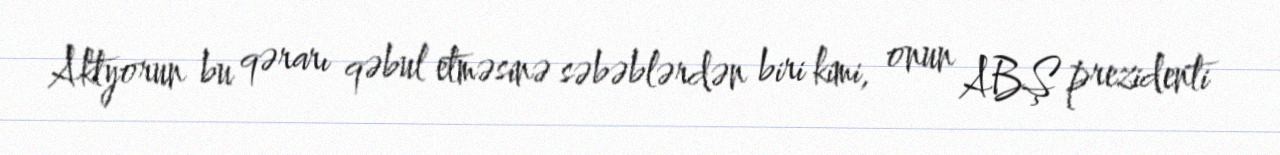
Aktyorun bu qərarı qəbul etməsinə səbəblərdən biri kimi, onun ABŞ prezidenti